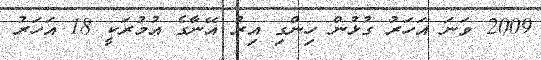
2009 ވަނަ އަހަރު ގުޅުން ހިންގި އިރު އޭނާގެ އުމުރަކީ 18 އަހަރު